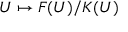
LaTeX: U \mapsto F ( U ) / K ( U )